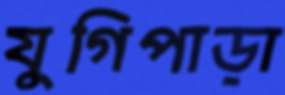
যুগিপাড়া